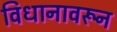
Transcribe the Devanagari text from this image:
विधानावरून